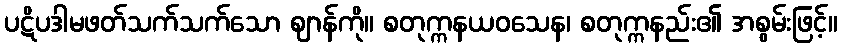
ပဋိပဒါမဖတ်သက်သက်သော ဈာန်ကို။ စတုက္ကနယဝသေန၊ စတုက္ကနည်း၏ အစွမ်းဖြင့်။